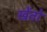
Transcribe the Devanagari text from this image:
खेंतो